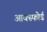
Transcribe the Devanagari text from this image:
आक्स्फोर्ड